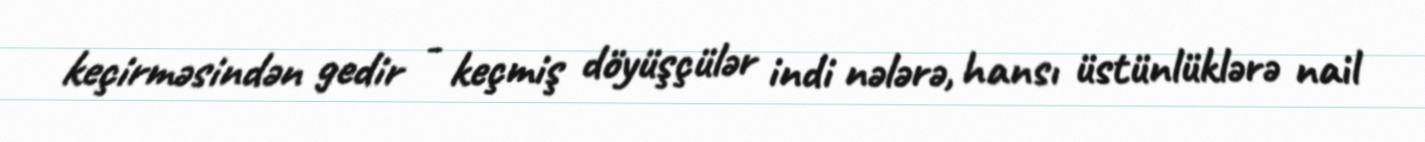
keçirməsindən gedir - keçmiş döyüşçülər indi nələrə, hansı üstünlüklərə nail